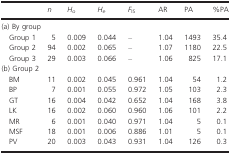
|  | n | Ho | He | FIS | AR | PA | %PA |
 | --- | --- | --- | --- | --- | --- | --- | --- |
 | <COLSPAN=8> (a) By group |
 | Group 1 | 5 | 0.009 | 0.044 | – | 1.04 | 1493 | 35.4 |
 | Group 2 | 94 | 0.002 | 0.065 | – | 1.07 | 1180 | 22.5 |
 | Group 3 | 29 | 0.003 | 0.066 | – | 1.06 | 825 | 17.1 |
 | <COLSPAN=8> (b) Group 2 |
 | BM | 11 | 0.002 | 0.045 | 0.961 | 1.04 | 54 | 1.2 |
 | BP | 7 | 0.001 | 0.055 | 0.972 | 1.05 | 103 | 2.3 |
 | GT | 16 | 0.004 | 0.042 | 0.652 | 1.04 | 168 | 3.8 |
 | LK | 16 | 0.002 | 0.060 | 0.960 | 1.06 | 101 | 2.2 |
 | MR | 6 | 0.001 | 0.040 | 0.971 | 1.04 | 5 | 0.1 |
 | MSF | 18 | 0.001 | 0.006 | 0.886 | 1.01 | 5 | 0.1 |
 | PV | 20 | 0.003 | 0.043 | 0.931 | 1.04 | 126 | 0.3 |